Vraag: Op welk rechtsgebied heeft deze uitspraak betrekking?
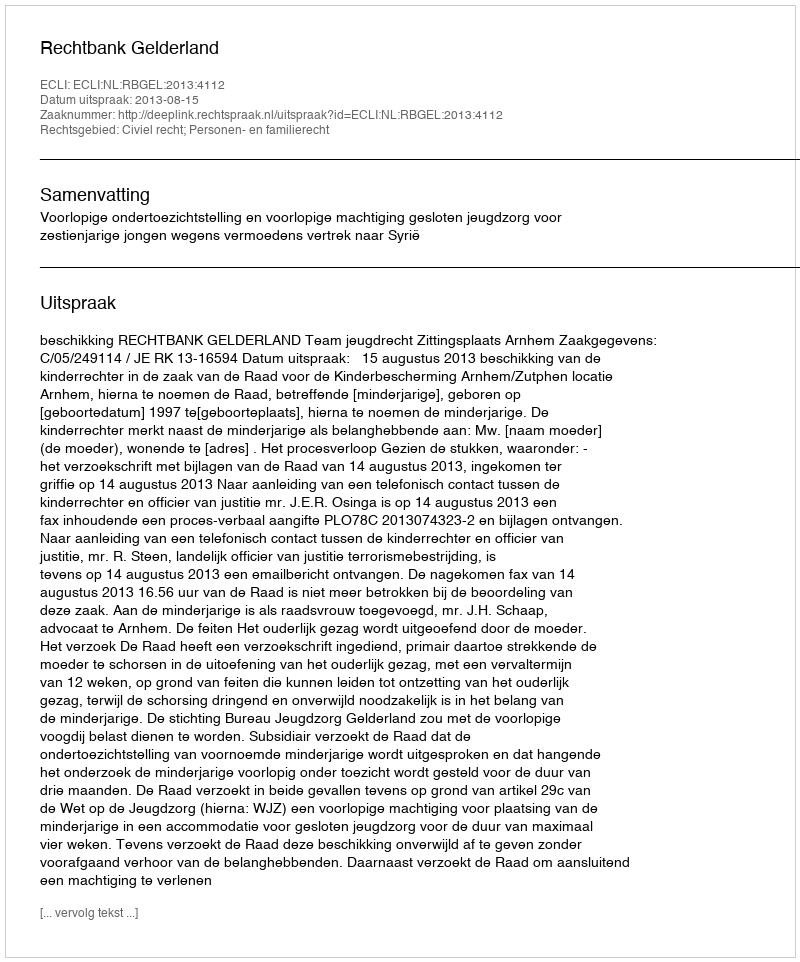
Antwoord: Civiel recht; Personen- en familierecht